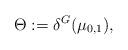
LaTeX: \begin{gather*}\Theta:=\delta^{G}(\mu_{0,1}),\end{gather*}